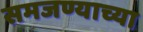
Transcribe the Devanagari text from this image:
समजण्याच्या